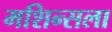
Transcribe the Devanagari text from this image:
मशिन्सला